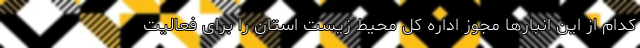
کدام از این انبارها مجوز اداره کل محیط زیست استان را برای فعالیت